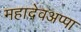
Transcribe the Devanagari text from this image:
महादेवअप्पा